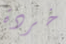
خردة